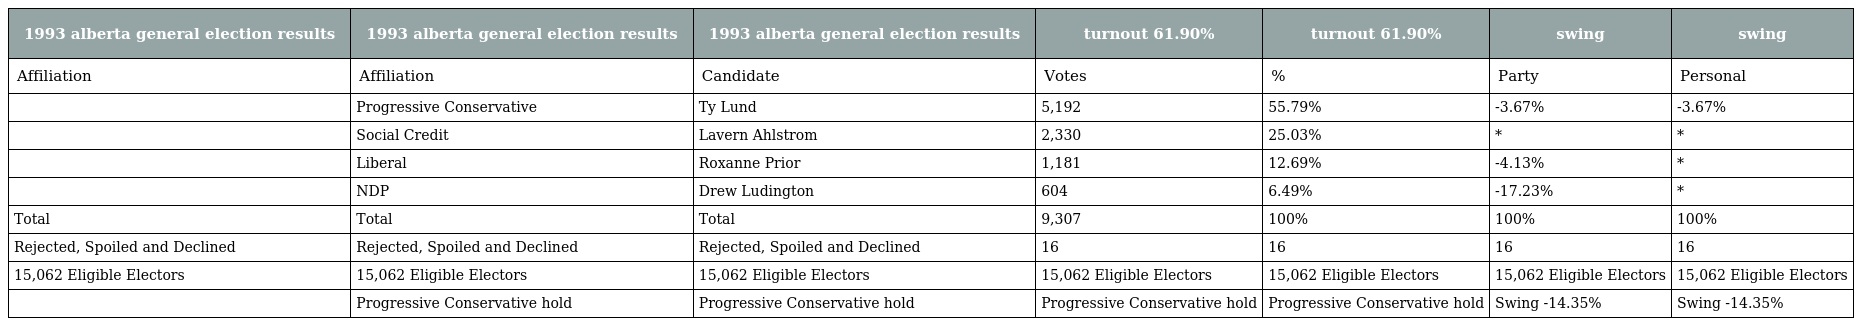
| 1993 alberta general election results | 1993 alberta general election results | 1993 alberta general election results | turnout 61.90% | turnout 61.90% | swing | swing |
 | --- | --- | --- | --- | --- | --- | --- |
 | Affiliation | Affiliation | Candidate | Votes | % | Party | Personal |
 |  | Progressive Conservative | Ty Lund | 5,192 | 55.79% | -3.67% | -3.67% |
 |  | Social Credit | Lavern Ahlstrom | 2,330 | 25.03% | * | * |
 |  | Liberal | Roxanne Prior | 1,181 | 12.69% | -4.13% | * |
 |  | NDP | Drew Ludington | 604 | 6.49% | -17.23% | * |
 | Total | Total | Total | 9,307 | 100% | 100% | 100% |
 | Rejected, Spoiled and Declined | Rejected, Spoiled and Declined | Rejected, Spoiled and Declined | 16 | 16 | 16 | 16 |
 | 15,062 Eligible Electors | 15,062 Eligible Electors | 15,062 Eligible Electors | 15,062 Eligible Electors | 15,062 Eligible Electors | 15,062 Eligible Electors | 15,062 Eligible Electors |
 |  | Progressive Conservative hold | Progressive Conservative hold | Progressive Conservative hold | Progressive Conservative hold | Swing -14.35% | Swing -14.35% |